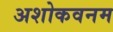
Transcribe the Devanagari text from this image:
अशोकवनम